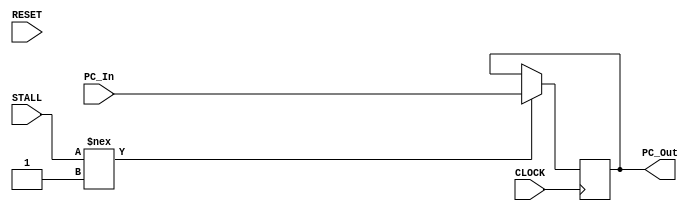
module PC_REG(CLOCK, RESET, STALL, PC_In, PC_Out);
input CLOCK, RESET, STALL;
input [31:0] PC_In;
output reg [31:0] PC_Out;

task reset;
    begin
        PC_Out <= 32'b0;
    end
endtask

initial reset;

// always @ (posedge RESET) reset;

always @ (posedge CLOCK) begin
    #2
    if (STALL !== 1 ) begin
        #3 PC_Out <= PC_In;
    end
end
endmodule